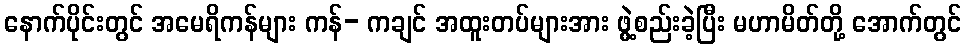
နောက်ပိုင်းတွင် အမေရိကန်များ ကန်- ကချင် အထူးတပ်များအား ဖွဲ့စည်းခဲ့ပြီး မဟာမိတ်တို့ အောက်တွင်